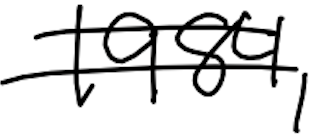
Text: 1984,
Cross-out: double-line
Writing tool: digital_black